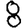
Digit: 8